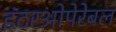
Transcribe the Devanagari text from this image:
इंटरओपेरेबल